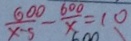
\frac { 6 0 0 } { x - 5 } - \frac { 6 0 0 } { x } = 1 0